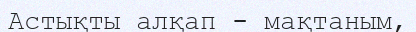
Астықты алқап - мақтаным,